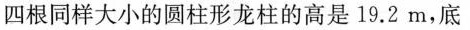
四根同样大小的圆柱形龙柱的高是19.2m，底